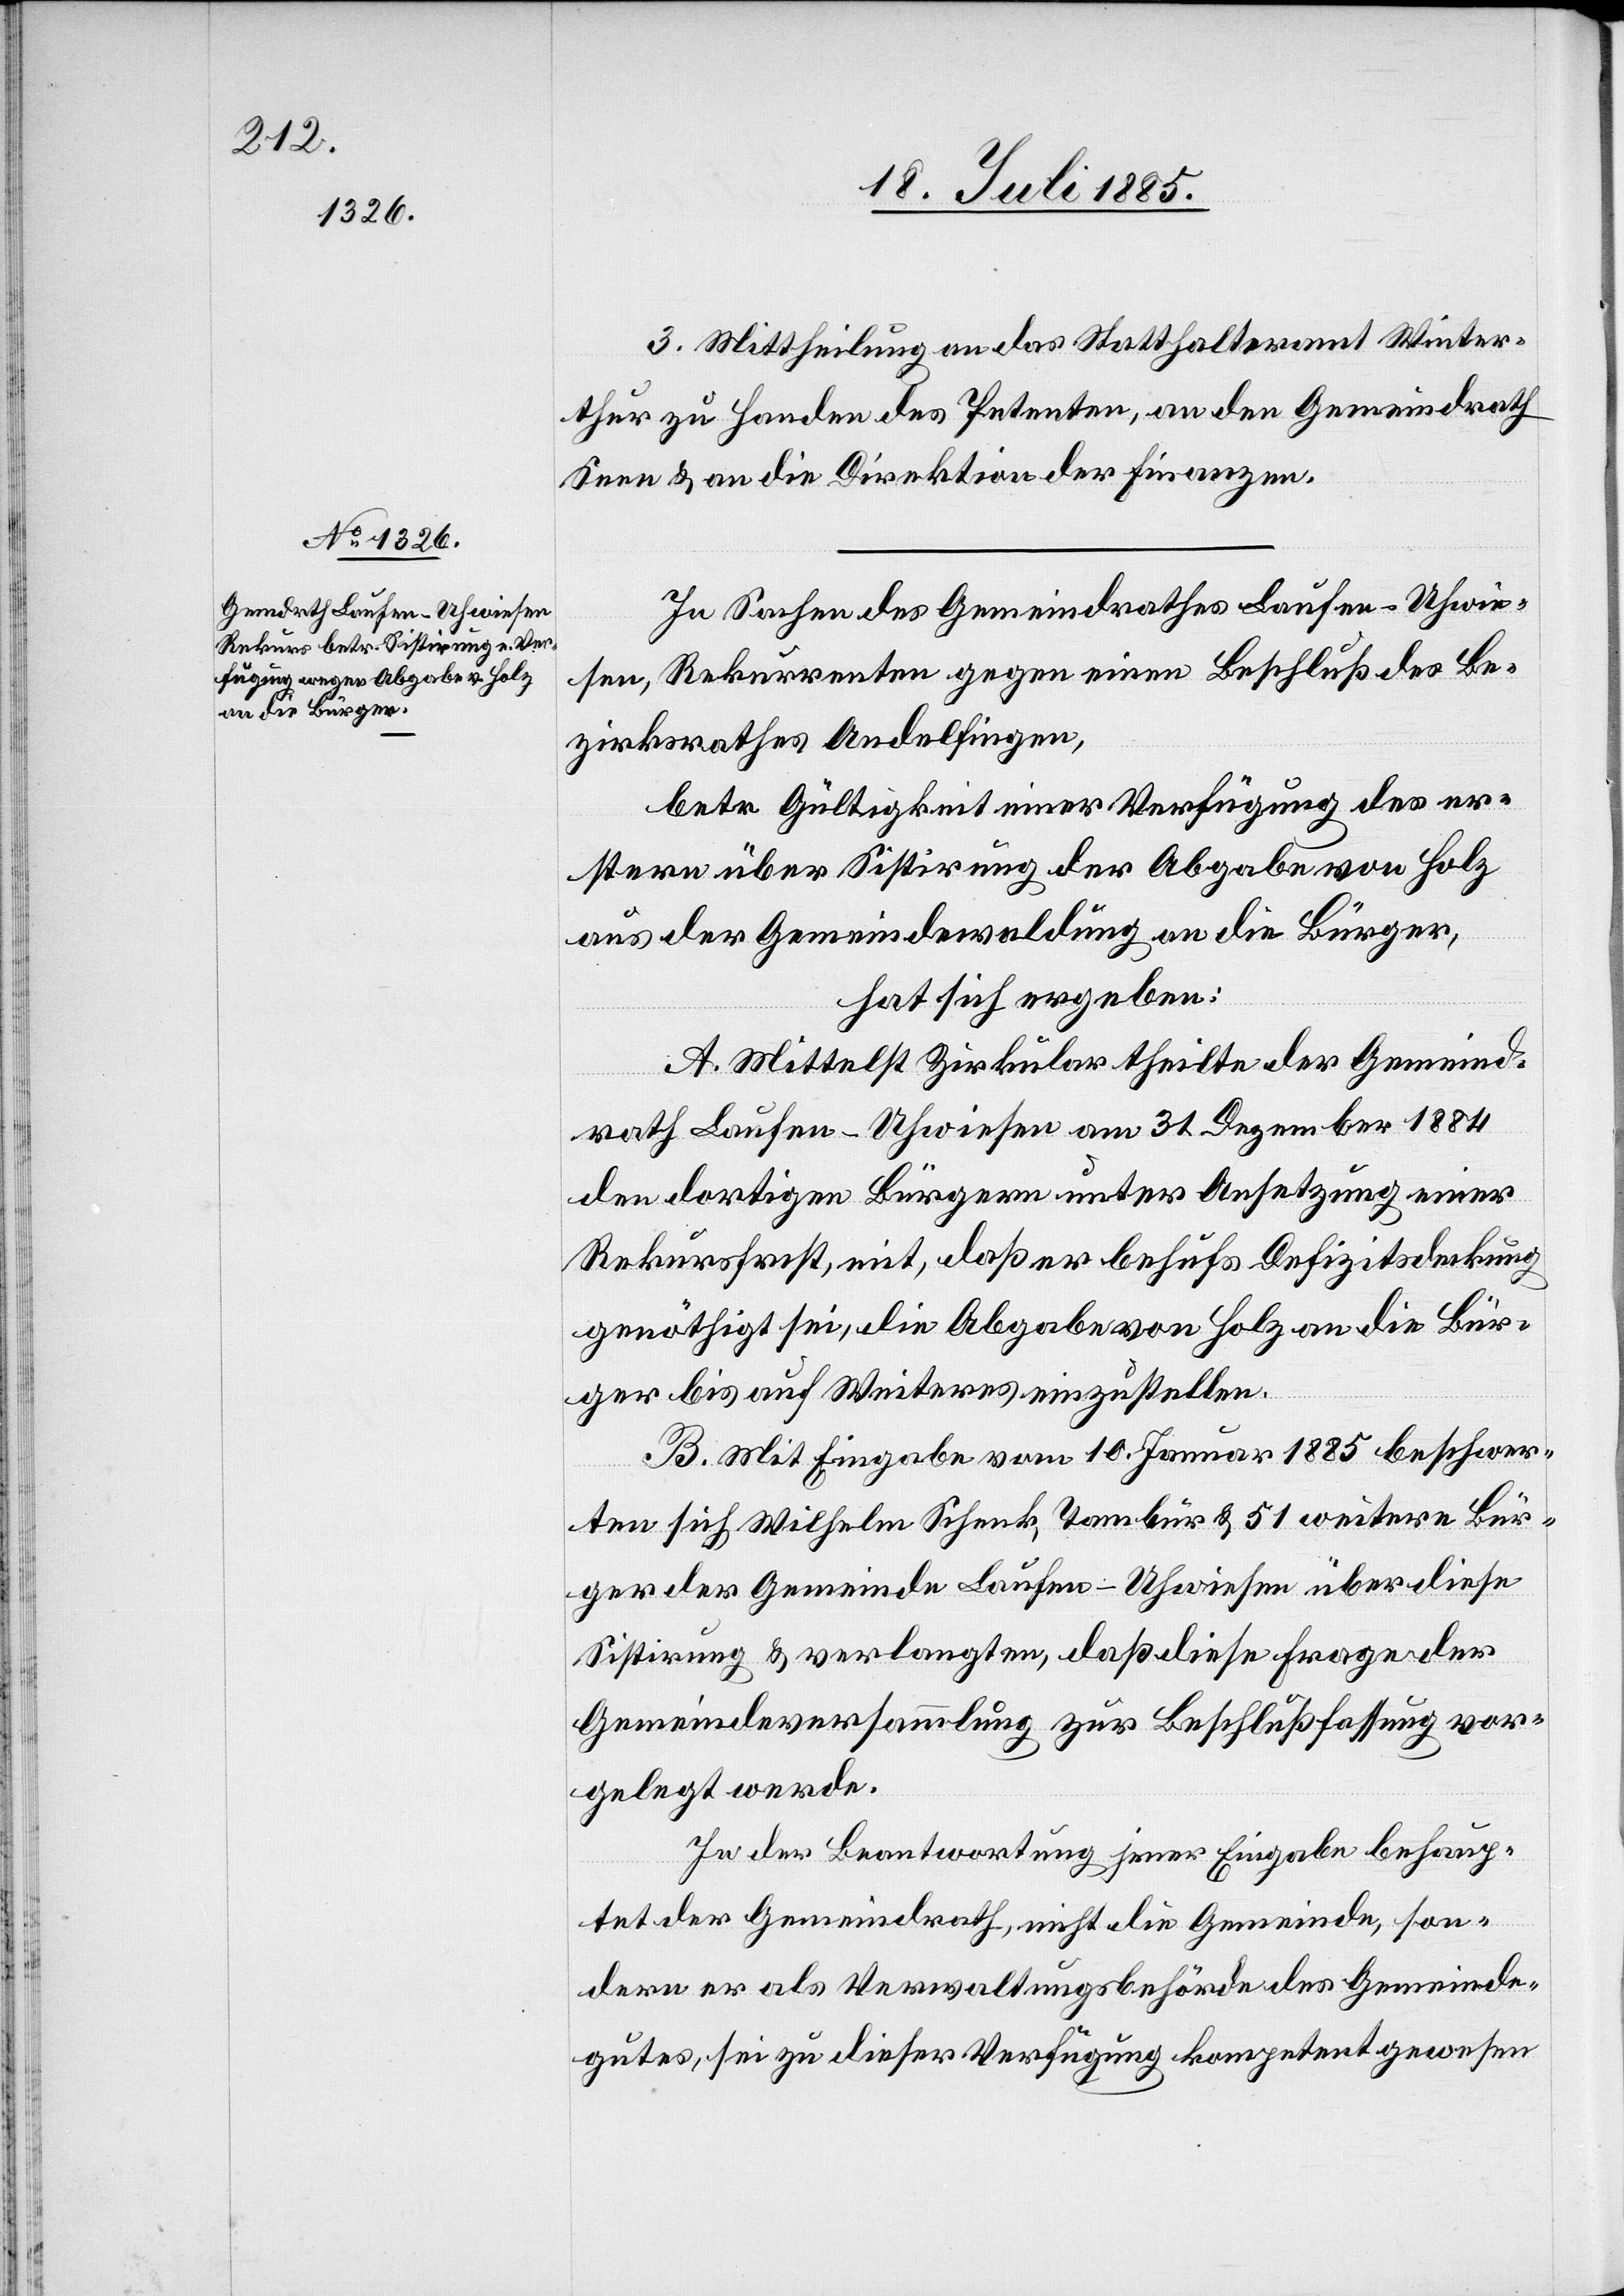
3. Mittheilung an das Statthalteramt Winter¬
thur zu Handen des Petenten, an den Gemeindraht
Seen & an die Direktion der Finanzen.
In Sachen des Gemeindrathes Laufen-Uhwie¬
sen, Rekurrenten gegen einen Beschluß des Be¬
zirksrathes Andelfingen,
betr. Gültigkeit einer Verfügung des er¬
stern über Sistirung der Abgabe von Holz
aus der Gemeindewaldung an die Bürger,
hat sich ergeben:
A. Mittelst Zirkular theilte der Gemeind¬
rath Laufen-Uhwiesen am 31. Dezember 1884
den dortigen Bürgern unter Ansetzung einer
Rekursfrist mit, daß er behufs Defizitsdeckung
genöthigt sei, die Abgabe von Holz an die Bür¬
ger bis auf Weiteres einzustellen.
B. Mit Eingabe vom 10. Januar 1885 beschwer¬
ten sich Wilhelm Schenk, Tambur & 51 weitere Bür¬
ger der Gemeinde Laufen-Uhwiesen über diese
Sistirung & verlangten, daß diese Frage der
Gemeindeversammlung zur Beschlußfassung vor¬
gelegt werde.
In der Beantwortung jener Eingabe behaup¬
tete der Gemeindrath nicht die Gemeinde, son¬
dern er als Veraltungsbehörde des Gemeinde¬
gutes, sei zu dieser Verfügung kompetent gewesen